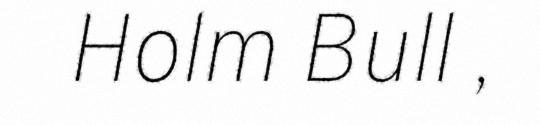
Holm Bull ,